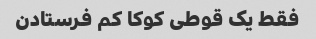
فقط یک قوطی کوکا کم فرستادن